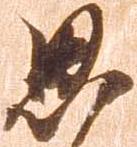
思